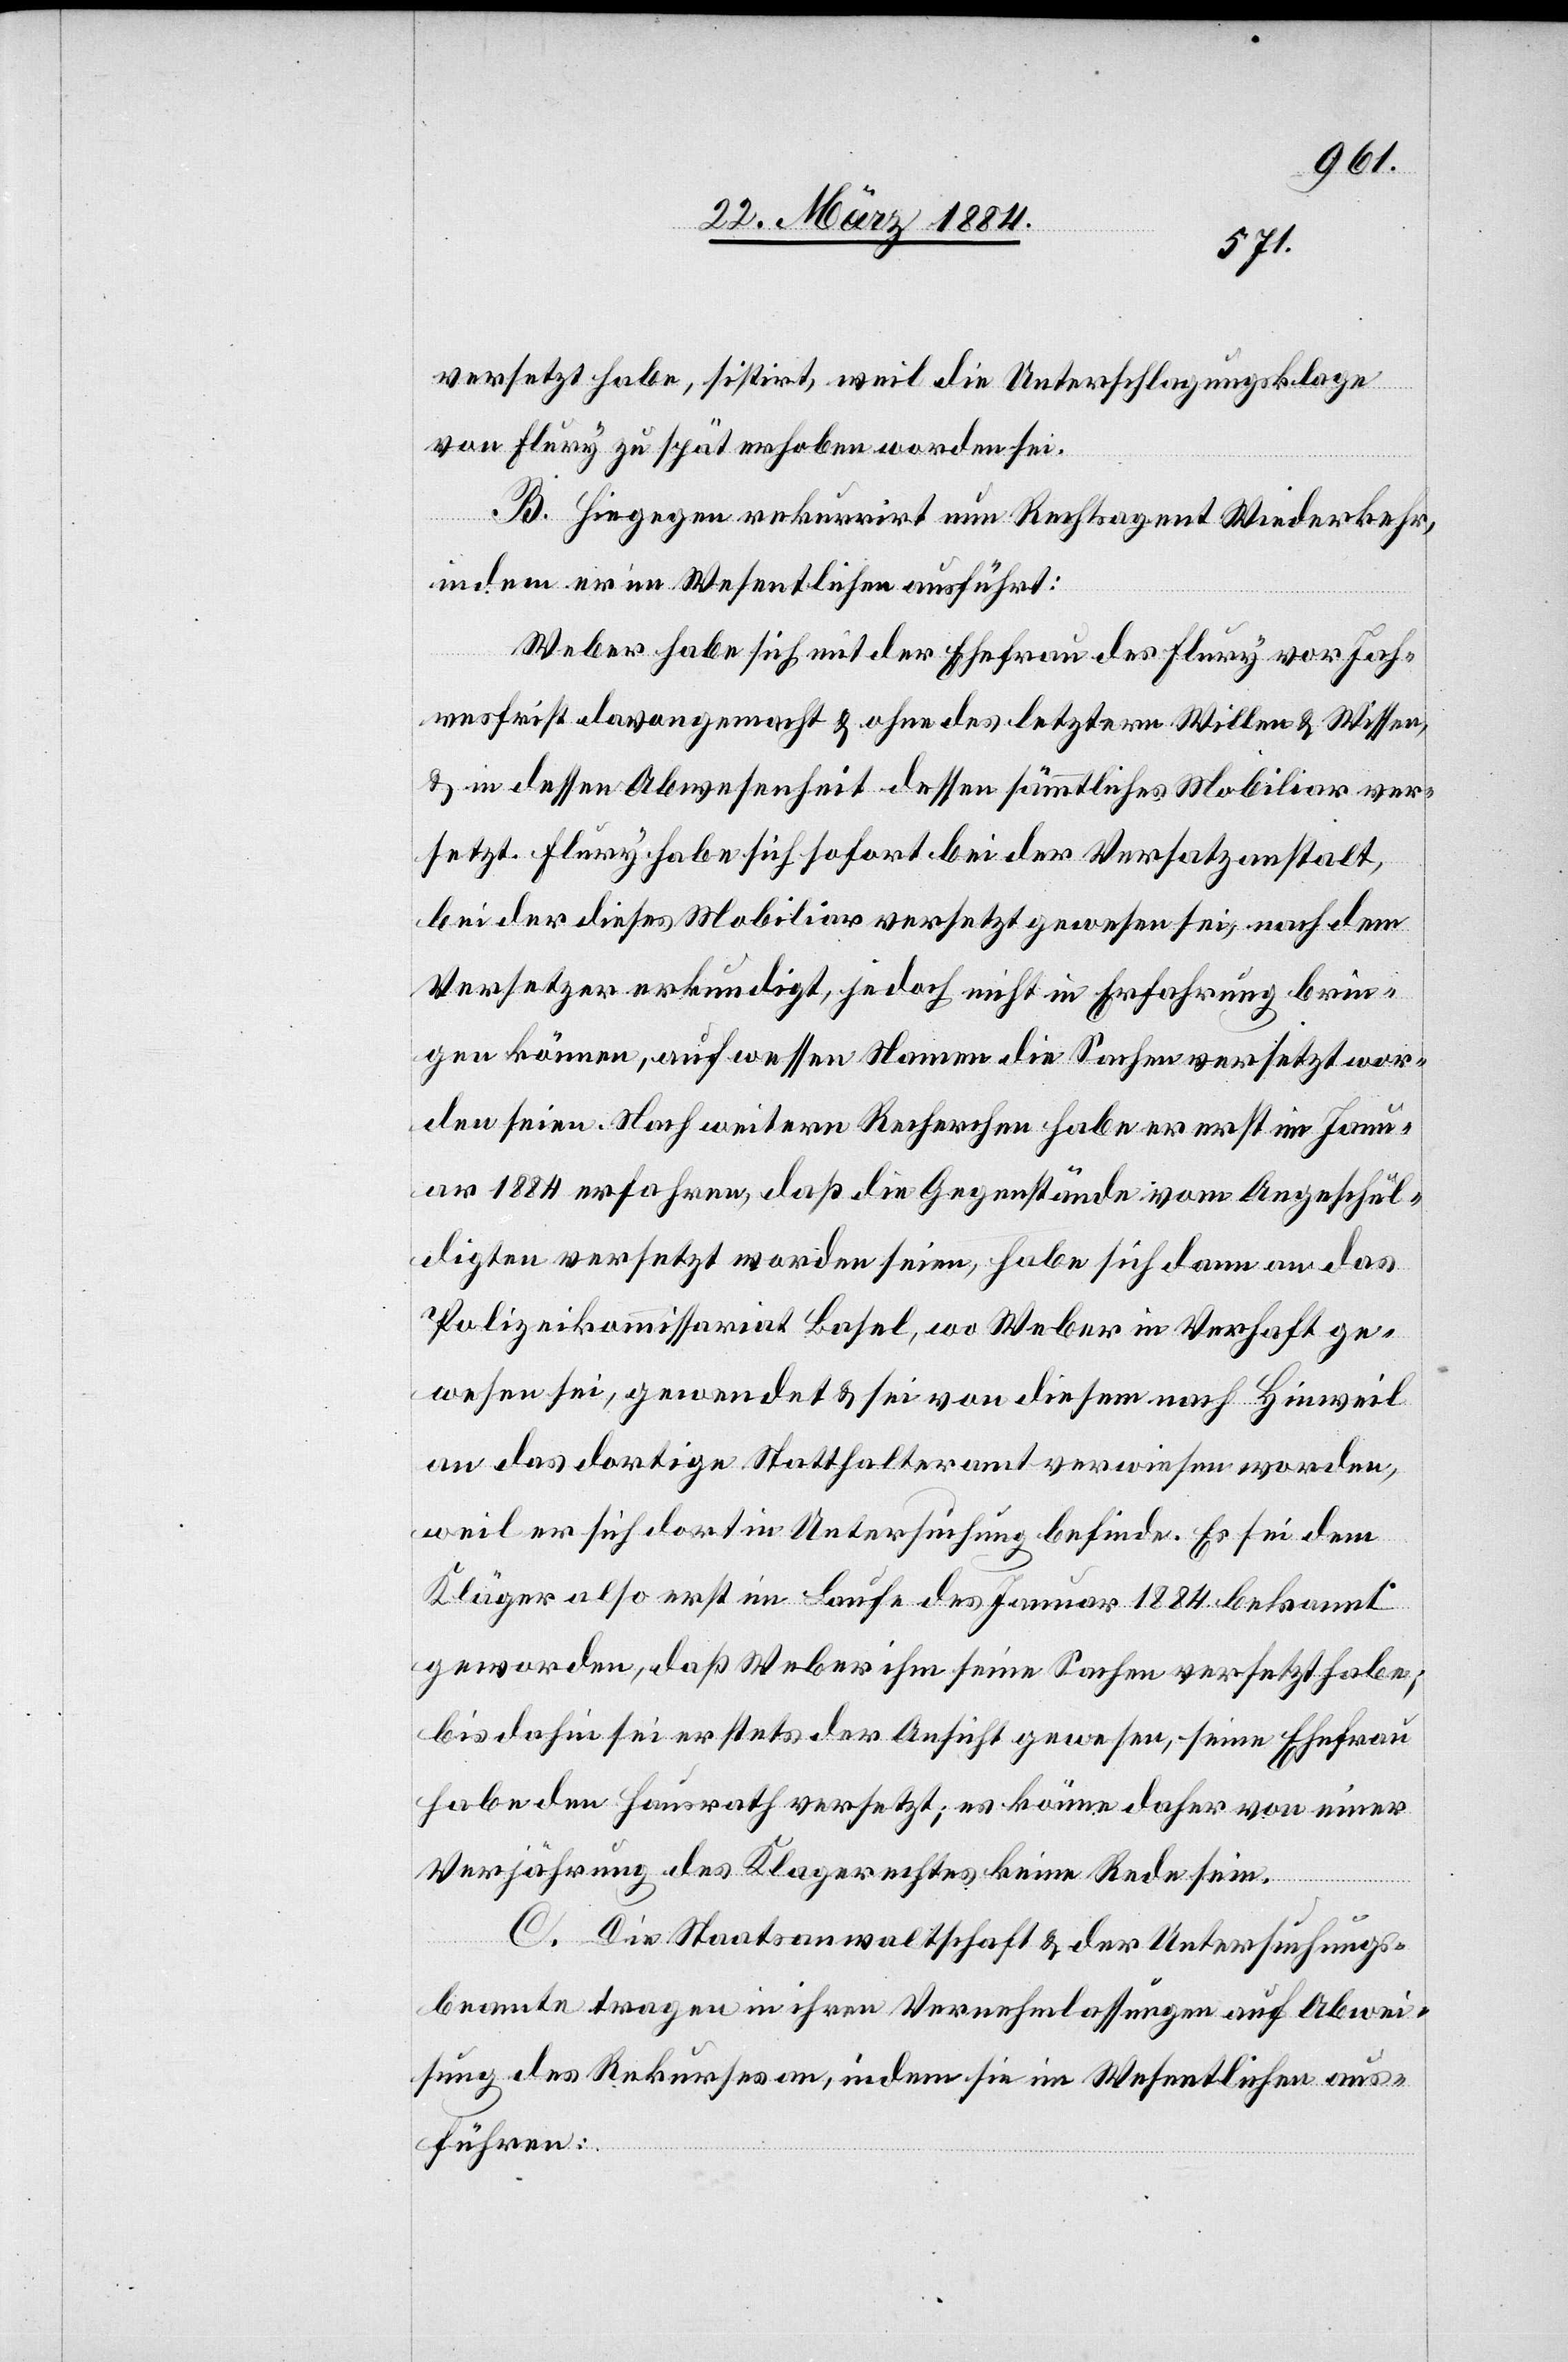
versetzt habe, sistirt, weil die Unterschlagungsklage
von Flury zu spät erhoben worden sei.
B. Hiegegen rekurrirt nun Rechtsagent Wiederkehr,
indem er im Wesentlichen anführt:
Weber habe sich mit der Ehefrau des Flury vor Jah¬
resfrist davon gemacht & ohne des letztern Willen & Wissen,
& in dessen Abwesenheit dessen sämmtliches Mobiliar ver¬
setzt. Flury habe sich sofort bei der Versatzanstalt,
bei der dieses Mobiliar versetzt gewesen sei, nach dem
Versetzer erkundigt, jedoch nicht in Erfahrung brin¬
gen können, auf wessen Namen die Sachen versetzt wor¬
den seien. Nach weitern Recherchen habe er erst im Janu¬
ar 1884 erfahren, daß die Gegenstände vom Angeschul¬
digten versetzt worden seien, habe sich dann an das
Polizeikommissariat Basel, wo Weber in Verhaft ge¬
wesen sei, gewendet & sei von diesem nach Hinweil
an das dortige Statthalteramt verwiesen worden,
weil er sich dort in Untersuchung befinde. Es sei dem
Kläger also erst im Laufe des Januar 1884 bekannt
geworden, daß Weber ihm seine Sachen versetzt habe;
bis dahin sei er stets der Ansicht gewesen, seine Ehefrau
habe den Hausrath versetzt; es könne daher von einer
Verjährung des Klagerechtes keine Rede sein.
C. Die Staatsanwaltschaft & der Untersuchungs¬
beamte tragen in ihren Vernehmlassungen auf Abwei¬
sung des Rekurses an, indem sie im Wesentlichen aus¬
führen: